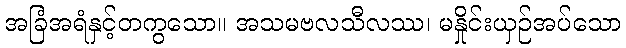
အခြံအရံနှင့်တကွသော။ အသမဗလသီလဿ၊ မနှိုင်းယှဉ်အပ်သော